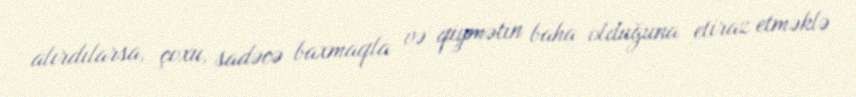
alırdılarsa, çoxu, sadəcə baxmaqla və qiymətin baha olduğuna etiraz etməklə